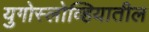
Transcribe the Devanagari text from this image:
युगोस्लोव्हियातील